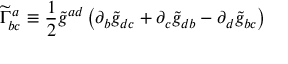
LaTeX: { \widetilde { \Gamma } } _ { b c } ^ { a } \equiv { \frac { 1 } { 2 } } { \widetilde { g } } ^ { a d } \left( \partial _ { b } { \widetilde { g } } _ { d c } + \partial _ { c } { \widetilde { g } } _ { d b } - \partial _ { d } { \widetilde { g } } _ { b c } \right)